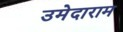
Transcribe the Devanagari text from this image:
उमेदाराम